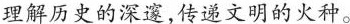
理解历史的深邃,传递文明的火种。